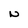
Character: N